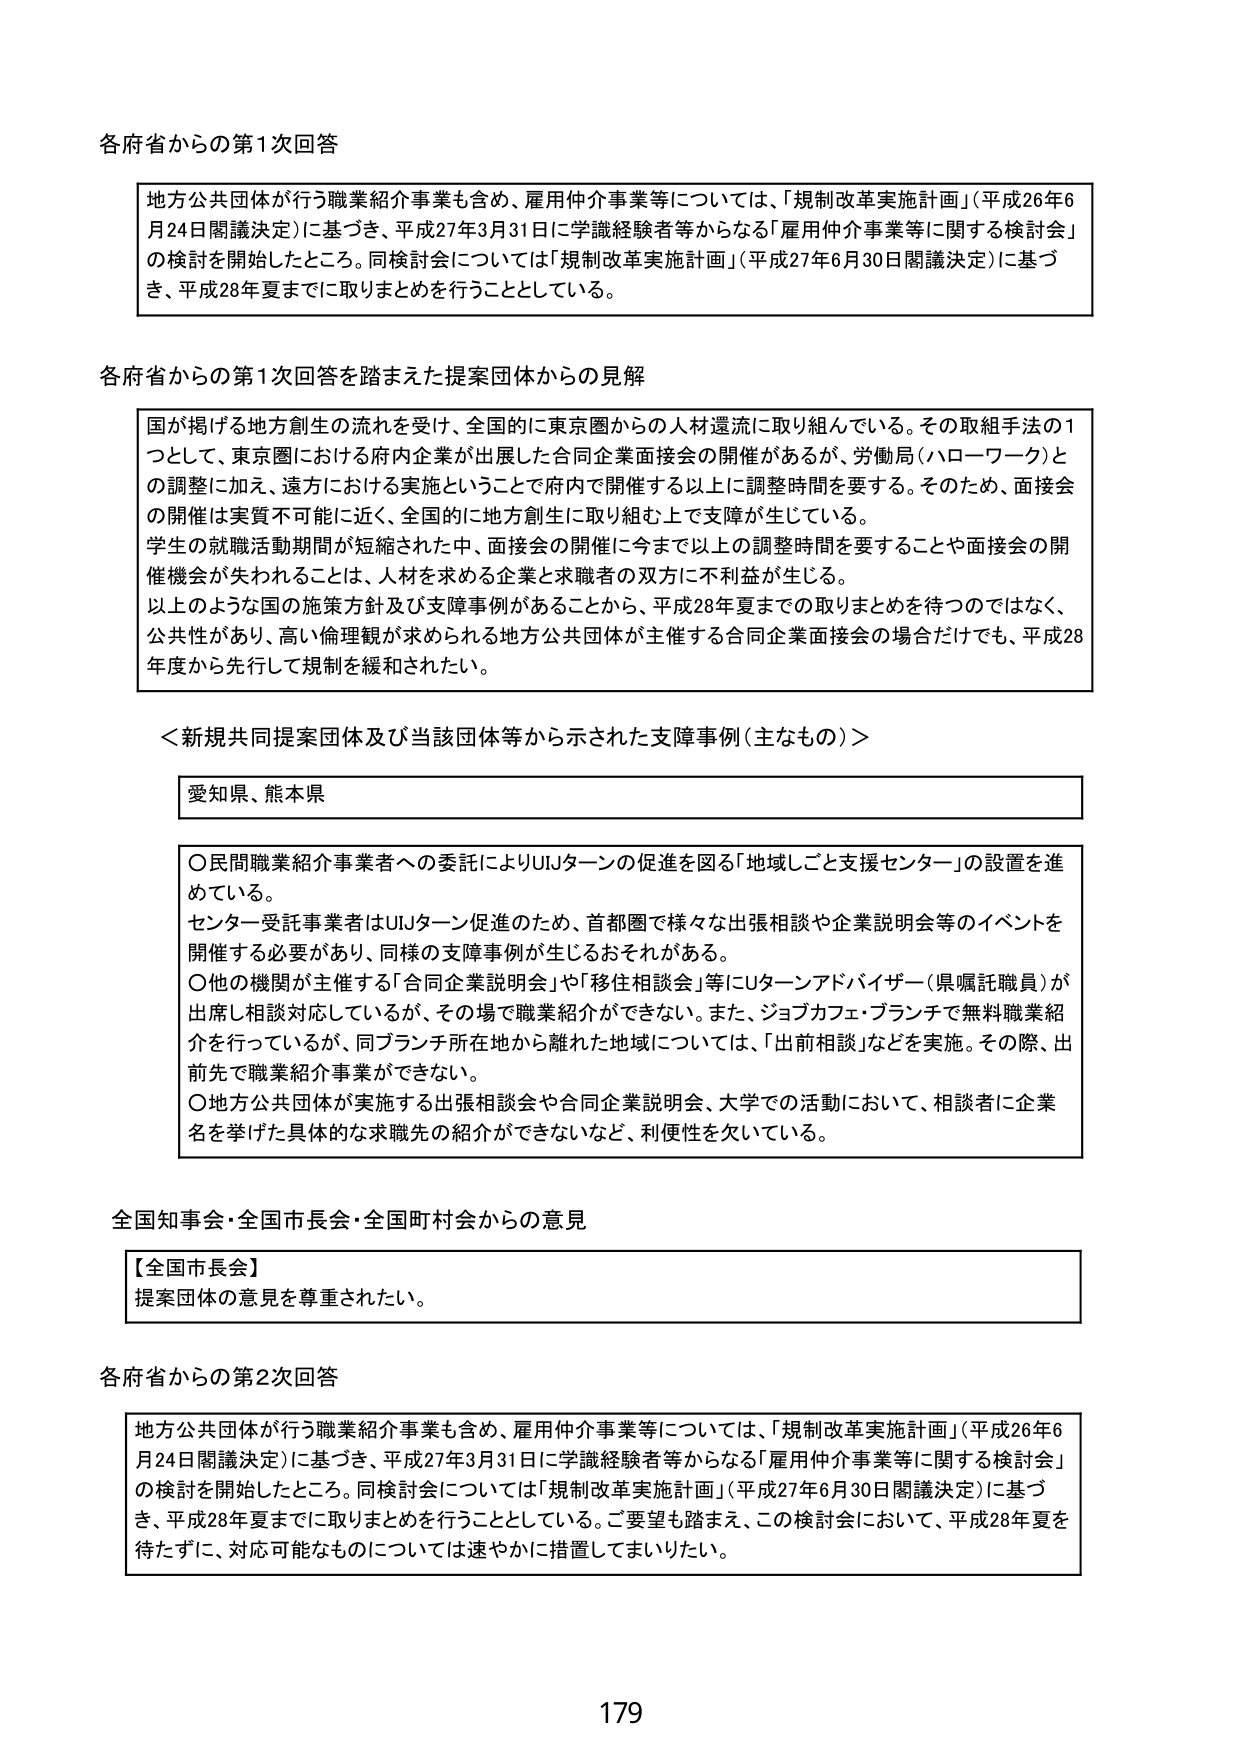
各府省からの第1次回答

地方公共団体が行う職業紹介事業も含め、雇用仲介事業等については、「規制改革実施計画」（平成26年6月24日閣議決定）に基づき、平成27年3月31日に学識経験者等からなる「雇用仲介事業等に関する検討会」の検討を開始したところ。同検討会については「規制改革実施計画」（平成27年6月30日閣議決定）に基づき、平成28年夏までに取りまとめを行うこととしている。

各府省からの第1次回答を踏まえた提案団体からの見解

国が掲げる地方創生の流れを受け、全国的に東京圏からの人材還流に取り組んでいる。その取組手法の1つとして、東京圏における府内企業が出展した合同企業面接会の開催があるが、労働局（ハローワーク）との調整に加え、遠方における実施ということで府内で開催する以上に調整時間を要する。そのため、面接会の開催は実質不可能に近く、全国的に地方創生に取り組む上で支障が生じている。
学生の就職活動期間が短縮された中、面接会の開催に今まで以上の調整時間を要することや面接会の開催機会が失われることは、人材を求める企業と求職者の双方に不利益が生じる。
以上のような国の施策方針及び支障事例があることから、平成28年夏までの取りまとめを待つのではなく、公共性があり、高い倫理観が求められる地方公共団体が主催する合同企業面接会の場合だけでも、平成28年度から先行して規制を緩和されたい。

＜新規共同提案団体及び当該団体等から示された支障事例（主なもの）＞

愛知県、熊本県

○民間職業紹介事業者への委託によりUターンの促進を図る「地域しごと支援センター」の設置を進めている。
センター受託事業者はUターン促進のため、首都圏で様々な出張相談や企業説明会等のイベントを開催する必要があり、同様の支障事例が生じるおそれがある。
○他の機関が主催する「合同企業説明会」や「移住相談会」等にUターンアドバイザー（県嘱託職員）が出席し相談対応しているが、その場で職業紹介ができない。また、ジョブカフェ・ブランチで無料職業紹介を行っているが、同ブランチ所在地から離れた地域については、「出前相談」などを実施。その際、出前先で職業紹介事業ができない。
○地方公共団体が実施する出張相談会や合同企業説明会、大学での活動において、相談者に企業名を挙げた具体的な求職先の紹介ができないなど、利便性を欠いている。

全国知事会・全国市長会・全国町村会からの意見

【全国市長会】
提案団体の意見を尊重されたい。

各府省からの第2次回答

地方公共団体が行う職業紹介事業も含め、雇用仲介事業等については、「規制改革実施計画」（平成26年6月24日閣議決定）に基づき、平成27年3月31日に学識経験者等からなる「雇用仲介事業等に関する検討会」の検討を開始したところ。同検討会については「規制改革実施計画」（平成27年6月30日閣議決定）に基づき、平成28年夏までに取りまとめを行うこととしている。ご要望も踏まえ、この検討会において、平成28年夏を待たずに、対応可能なものについては速やかに措置してまいりたい。

179